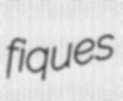
fiques